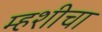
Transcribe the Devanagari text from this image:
म्हशीचा